Report on sanitation, dispensaries, and jails in Rajputana for 1914, and on vaccination for the year 1914-1915 - 1914-1915
Year: 1914
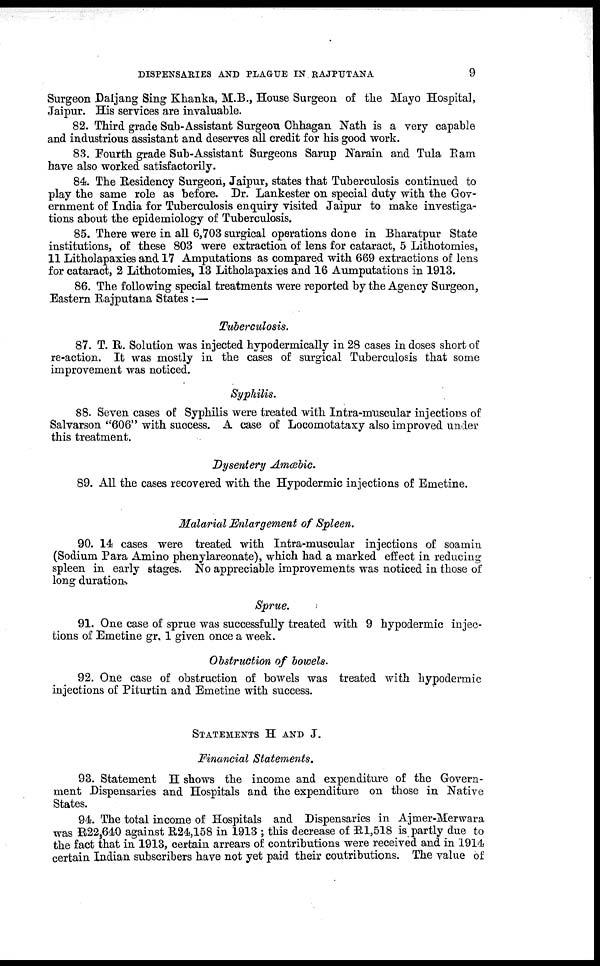
DISPENSARIES AND PLAGUE IN RAJPUTANA
9
Surgeon Daljang Sing Khanka, M.B., House Surgeon of the Mayo Hospital,
Jaipur. His services are invaluable.
82. Third grade Sub-Assistant Surgeou Chhagan Nath is a very capable
and industrious assistant and deserves all credit for his good work.
83. Fourth grade Sub-Assistant Surgeons Sarup Narain and Tula Ram
have also worked satisfactorily.
84. The Residency Surgeon, Jaipur, states that Tuberculosis continued to
play the same role as before. Dr. Lankester on special duty with the Gov-
ernment of India for Tuberculosis enquiry visited Jaipur to make investiga-
tions about the epidemiology of Tuberculosis.
85. There were in all 6,703 surgical operations done in Bharatpur State
institutions, of these 803 were extraction of lens for cataract, 5 Lithotomies,
11 Litholapaxies and 17 Amputations as compared with 669 extractions of lens
for cataract, 2 Lithotomies, 13 Litholapaxies and 16 Aumputations in 1913.
86. The following special treatments were reported by the Agency Surgeon,
Eastern Rajputana States :—
Tuberculosis.
87. T. R. Solution was injected hypodermically in 28 cases in doses short of
re-action. It was mostly in the cases of surgical Tuberculosis that some
improvement was noticed.
Syphilis.
88. Seven cases of Syphilis were treated with Intra-muscular injections of
Salvarson "606" with success. A case of Locomotataxy also improved under
this treatment.
Dysentery Amœbic.
89. All the cases recovered with the Hypodermic injections of Emetine.
Malarial Enlargement of Spleen.
90. 14 cases were treated with Intra-muscular injections of soamin
(Sodium Para Amino phenylareonate), which had a marked effect in reducing
spleen in early stages. No appreciable improvements was noticed in those of
long duration.
Sprue.
91. One case of sprue was successfully treated with 9 hypodermic injec-
tions of Emetine gr. 1 given once a week.
Obstruction of bowels.
92. One case of obstruction of bowels was treated with hypodermic
injections of Piturtin and Emetine with success.
STATEMENTS H AND J.
Financial Statements.
93. Statement H shows the income and expenditure of the Govern-
ment Dispensaries and Hospitals and the expenditure on those in Native
States.
94. The total income of Hospitals and Dispensaries in Ajmer-Merwara
was R22,640 against R24,158 in 1913 ; this decrease of R1,518 is partly due to
the fact that in 1913, certain arrears of contributions were received and in 1914
certain Indian subscribers have not yet paid their contributions. The value of